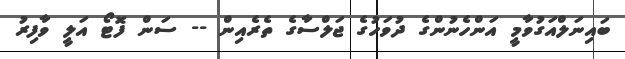
ބައިނަލްއަގުވާމީ އަންހެނުންގެ ދުވަހުގެ ޖަލްސާގެ ތެރެއިން -- ސަން ފޮޓޯ އަލީ ވާފިރު